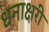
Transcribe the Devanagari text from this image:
धनाक्षरी